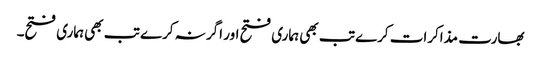
بھارت مذاکرات کرے تب بھی ہماری فتح اور اگر نہ کرے تب بھی ہماری فتح۔